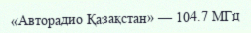
«Авторадио Қазақстан» — 104.7 МГц